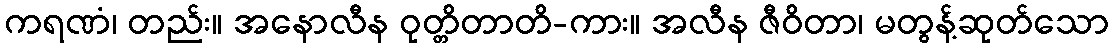
ကရဏံ၊ တည်း။ အနောလီန ဝုတ္တိတာတိ-ကား။ အလီန ဇီဝိတာ၊ မတွန့်ဆုတ်သော